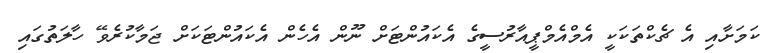
ކަމަށާއި އެ ޗެކްތަކަކީ އެމްއެމްޕީއާރުސީގެ އެކައުންޓަށް ނޫން އެހެން އެކައުންޓަކަށް ޖަމާކުރެވޭ ހާލަތުގައި